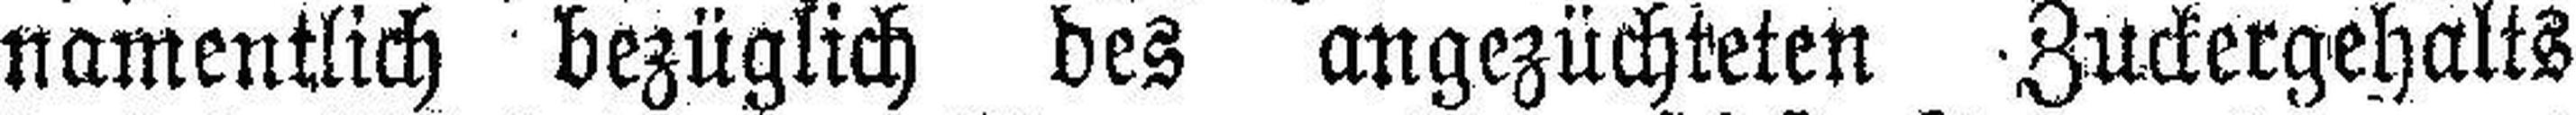
namentlich bezüglich des angezüchteten Zuckergehalts